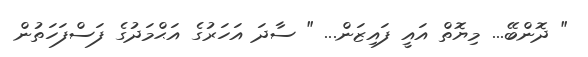
" ދޮންބޭ... މިޔޮތް އައީ ފައިޒަން... " ސާދަ އަހަރުގެ އަޙްމަދުގެ ފަސްފަހަތުން